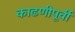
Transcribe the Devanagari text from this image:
काढणीपूर्वी